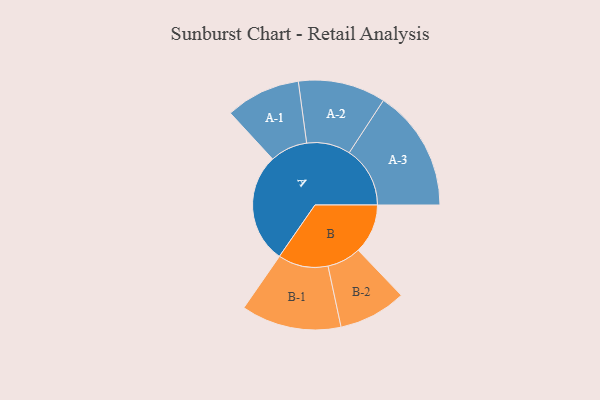
{"axis": {"x": "Segment", "y": "Value"}, "legend": ["", "A", "B"], "data": [{"x": "A", "y": 399, "type": ""}, {"x": "B", "y": 180, "type": ""}, {"x": "A-1", "y": 136, "type": "A"}, {"x": "A-2", "y": 159, "type": "A"}, {"x": "A-3", "y": 221, "type": "A"}, {"x": "B-1", "y": 182, "type": "B"}, {"x": "B-2", "y": 123, "type": "B"}]}